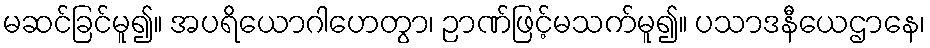
မဆင်ခြင်မူ၍။ အပရိယောဂါဟေတွာ၊ ဉာဏ်ဖြင့်မသက်မူ၍။ ပသာဒနီယေဌာနေ၊